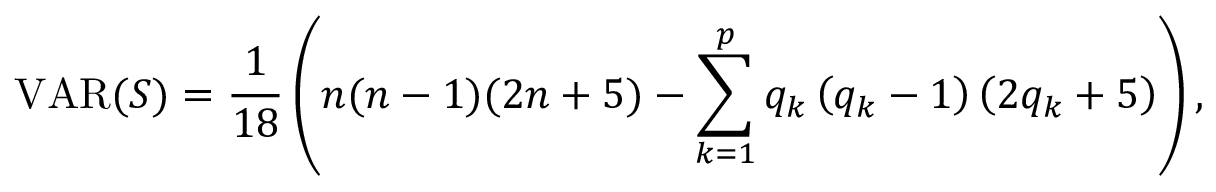
\operatorname { V A R } ( S ) = \frac { 1 } { 1 8 } \left( n ( n - 1 ) ( 2 n + 5 ) - \sum _ { k = 1 } ^ { p } q _ { k } \left( q _ { k } - 1 \right) \left( 2 q _ { k } + 5 \right) \right) ,